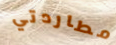
مطاردتي